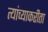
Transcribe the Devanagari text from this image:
त्यांच्याकरीता